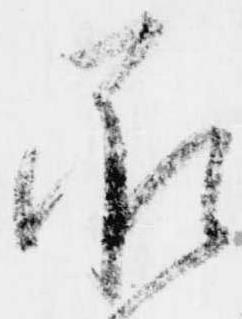
承